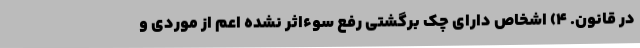
در قانون. ۴) اشخاص دارای چک برگشتی رفع سوءاثر نشده اعم از موردی و